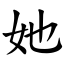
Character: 她